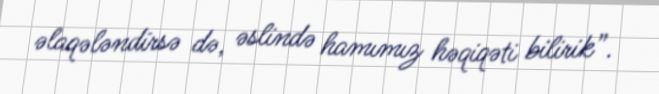
əlaqələndirsə də, əslində hamımız həqiqəti bilirik”.